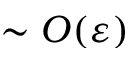
\sim O ( \varepsilon )